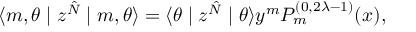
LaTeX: \langle m , \theta \mid z ^ { \hat { N } } \mid m , \theta \rangle = \langle \theta \mid z ^ { \hat { N } } \mid \theta \rangle y ^ { m } P _ { m } ^ { ( 0 , 2 \lambda - 1 ) } ( x ) ,